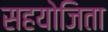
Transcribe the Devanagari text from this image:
सहयोजिता